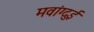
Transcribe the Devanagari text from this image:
मवांग्दुई